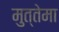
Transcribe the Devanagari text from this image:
मुत्तेमा